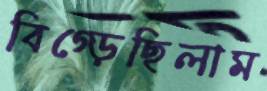
বিগ্‌ড়েছিলাম